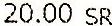
20.00 SR